Indian journal of veterinary science and animal husbandry - Volume 11,
Year: 1941
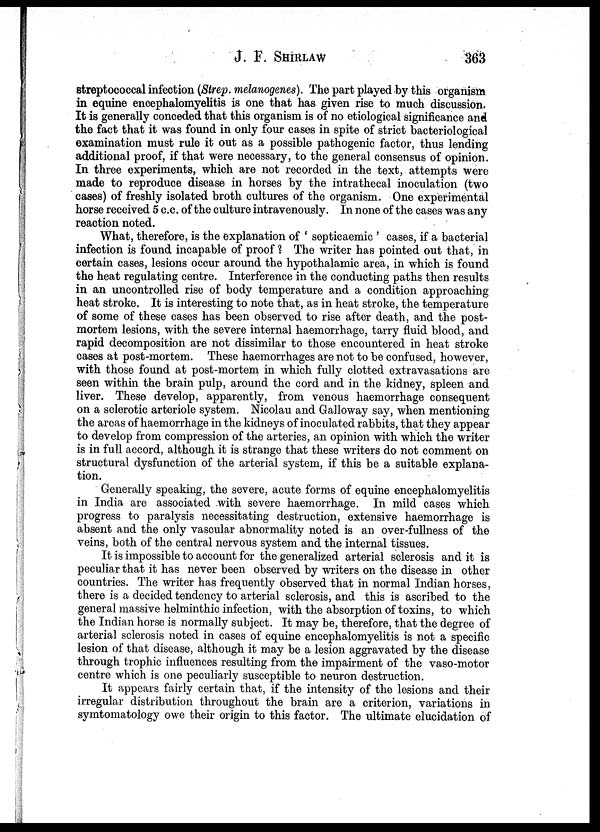
J. F. SHIRLAW 363
streptococcal infection (Strep. melanogenes). The part played by this organism
in equine encephalomyelitis is one that has given rise to much discussion.
It is generally conceded that this organism is of no etiological significance and
the fact that it was found in only four cases in spite of strict bacteriological
examination must rule it out as a possible pathogenic factor, thus lending
additional proof, if that were necessary, to the general consensus of opinion.
In three experiments, which are not recorded in the text, attempts were
made to reproduce disease in horses by the intrathecal inoculation (two
cases) of freshly isolated broth cultures of the organism. One experimental
horse received 5 c. c. of the culture intravenously. In none of the cases was any
reaction noted.
What, therefore, is the explanation of ' septicaemic ' cases, if a bacterial
infection is found incapable of proof ? The writer has pointed out that, in
certain cases, lesions occur around the hypothalamic area, in which is found
the heat regulating centre. Interference in the conducting paths then results
in an uncontrolled rise of body temperature and a condition approaching
heat stroke. It is interesting to note that, as in heat stroke, the temperature
of some of these cases has been observed to rise after death, and the post-
mortem lesions, with the severe internal haemorrhage, tarry fluid blood, and
rapid decomposition are not dissimilar to those encountered in heat stroke
cases at post-mortem. These haemorrhages are not to be confused, however,
with those found at post-mortem in which fully clotted extravasations are
seen within the brain pulp, around the cord and in the kidney, spleen and
liver. These develop, apparently, from venous haemorrhage consequent
on a sclerotic arteriole system. Nicolau and Galloway say, when mentioning
the areas of haemorrhage in the kidneys of inoculated rabbits, that they appear
to develop from compression of the arteries, an opinion with which the writer
is in full accord, although it is strange that these writers do not comment on
structural dysfunction of the arterial system, if this be a suitable explana-
tion.
Generally speaking, the severe, acute forms of equine encephalomyelitis
in India are associated with severe haemorrhage. In mild cases which
progress to paralysis necessitating destruction, extensive haemorrhage is
absent and the only vascular abnormality noted is an over-fullness of the
veins, both of the central nervous system and the internal tissues.
It is impossible to account for the generalized arterial sclerosis and it is
peculiar that it has never been observed by writers on the disease in other
countries. The writer has frequently observed that in normal Indian horses,
there is a decided tendency to arterial sclerosis, and this is ascribed to the
general massive helminthic infection, with the absorption of toxins, to which
the Indian horse is normally subject. It may be, therefore, that the degree of
arterial sclerosis noted in cases of equine encephalomyelitis is not a specific
lesion of that disease, although it may be a lesion aggravated by the disease
through trophic influences resulting from the impairment of the vaso-motor
centre which is one peculiarly susceptible to neuron destruction.
It appears fairly certain that, if the intensity of the lesions and their
irregular distribution throughout the brain are a criterion, variations in
symtomatology owe their origin to this factor. The ultimate elucidation of